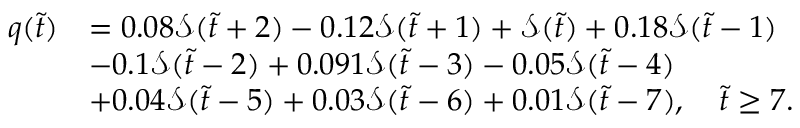
\begin{array} { r l } { q ( \Tilde { t } ) } & { = 0 . 0 8 \mathcal { S } ( \Tilde { t } + 2 ) - 0 . 1 2 \mathcal { S } ( \Tilde { t } + 1 ) + \mathcal { S } ( \Tilde { t } ) + 0 . 1 8 \mathcal { S } ( \Tilde { t } - 1 ) } \\ & { - 0 . 1 \mathcal { S } ( \Tilde { t } - 2 ) + 0 . 0 9 1 \mathcal { S } ( \Tilde { t } - 3 ) - 0 . 0 5 \mathcal { S } ( \Tilde { t } - 4 ) } \\ & { + 0 . 0 4 \mathcal { S } ( \Tilde { t } - 5 ) + 0 . 0 3 \mathcal { S } ( \Tilde { t } - 6 ) + 0 . 0 1 \mathcal { S } ( \Tilde { t } - 7 ) , \quad \Tilde { t } \geq 7 . } \end{array}